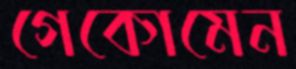
গেকোমেন